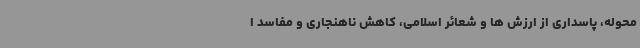
محوله، پاسداری از ارزش ها و شعائر اسلامی، کاهش ناهنجاری و مفاسد ا